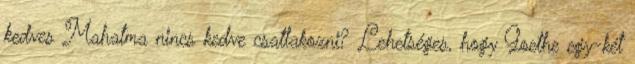
kedves Mahatma nincs kedve csatlakozni? Lehetséges, hogy Goethe egy-két